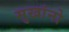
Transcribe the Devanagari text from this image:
सुखांनो